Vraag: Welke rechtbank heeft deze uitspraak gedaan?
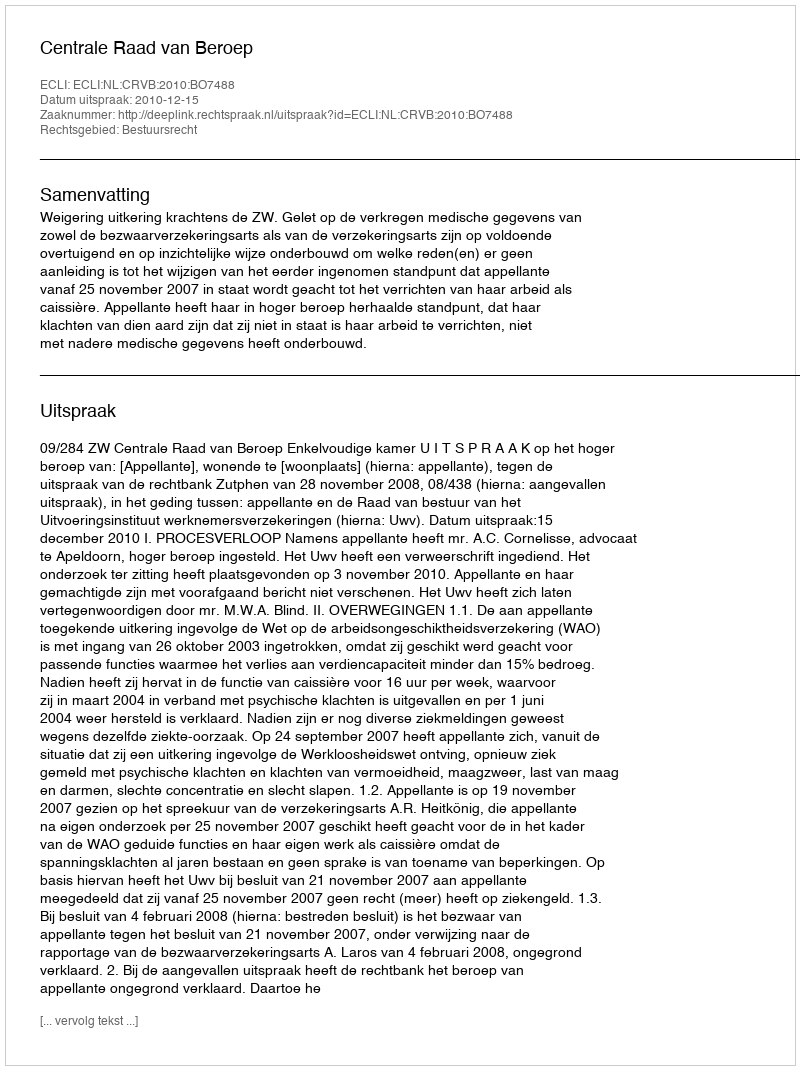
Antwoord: Centrale Raad van Beroep